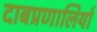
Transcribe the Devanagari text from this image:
दाबप्रणालियाँ